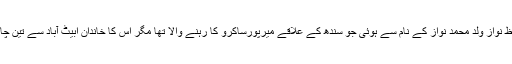
خودکش حملہ آور کی شناخت حفیظ نواز ولد محمد نواز کے نام سے ہوئی جو سندھ کے علاقے میرپورساکرو کا رہنے والا تھا مگر اس کا خاندان ابیٹ آباد سے تین چار دہائیاںقبل سندھ منتقل ہوگیا تھا۔